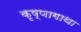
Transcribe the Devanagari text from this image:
कृष्णागाथा